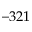
- 3 2 1